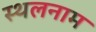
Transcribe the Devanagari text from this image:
स्थलनाम